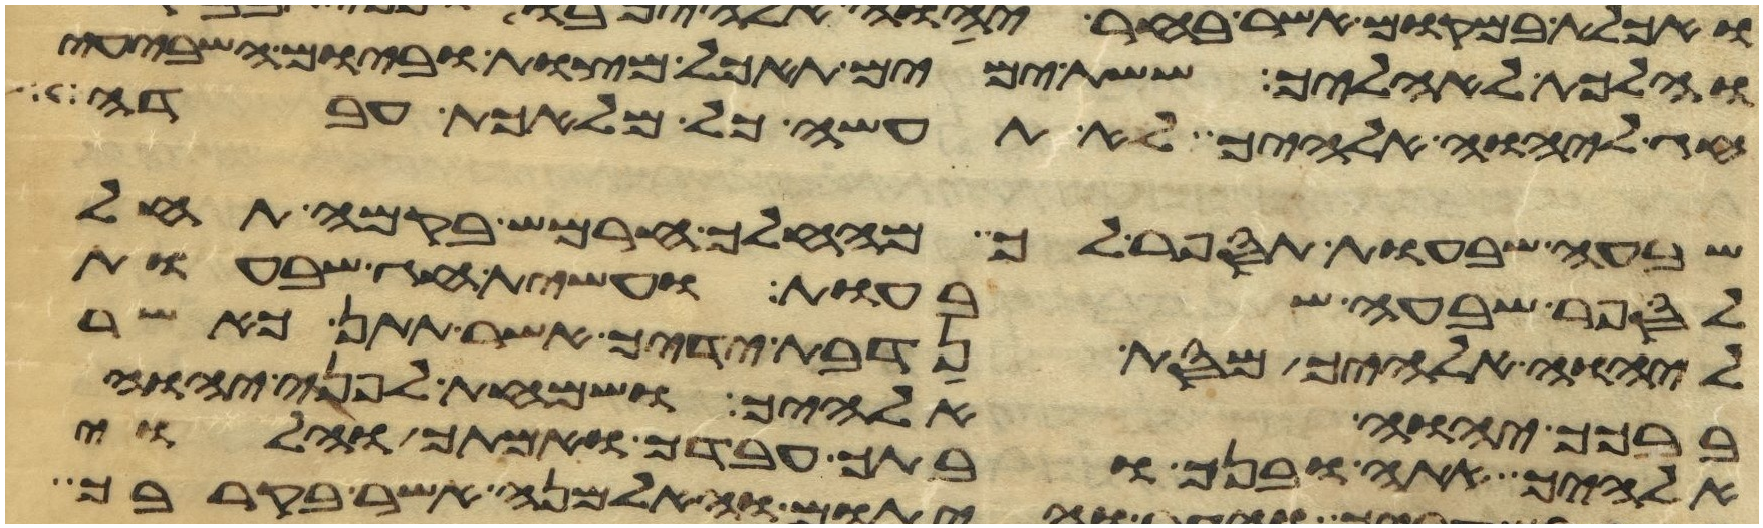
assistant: והלכת לאהליך ששת ימים תאכל מצות וביום השביעי
חג ליהוה אלהיך לא תעשה כל מלאכת עבדה
שבעה שבעות תספר לך מהחלך חרמש בקמה תחל
לספר שבעה שבעות ועשית חג שבעות
ליהוה אלהיך מסת נדבת ידיך אשר תתן כאשר
ברכך יהוה אלהיך ושמחת לפני יהוה
אלהיך אתה ובנך ובתך עבדך ואמתך והלוי